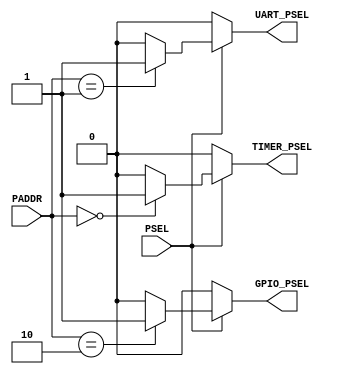
module APB_decoder (
    input               PSEL,
    input       [3:0]   PADDR,  
    output reg          TIMER_PSEL,
    output reg          UART_PSEL,
    output reg          GPIO_PSEL
);


always @ (*) begin

    TIMER_PSEL = 1'b0;
    UART_PSEL = 1'b0;
    GPIO_PSEL = 1'b0;

    if(PSEL) begin
        case(PADDR)
            4'b0000 :   TIMER_PSEL = 1'b1;

            4'b0001 :   UART_PSEL = 1'b1;

            4'b0010 :   GPIO_PSEL = 1'b1;

            default :   begin
                            TIMER_PSEL = 1'b0;
                            UART_PSEL = 1'b0;
                            GPIO_PSEL = 1'b0;
                        end
        endcase
    end
    else begin
        TIMER_PSEL = 1'b0;
        UART_PSEL = 1'b0;
        GPIO_PSEL = 1'b0;
    end

end

endmodule